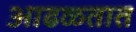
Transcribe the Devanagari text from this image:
आढळ्तात